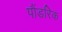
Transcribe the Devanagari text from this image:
पौंडरिक